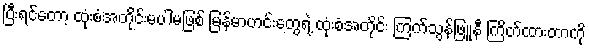
ပြီးရင်တော့ ထုံးစံအတိုင်းမပါမဖြစ် မြန်မာဟင်းတွေရဲ့ ထုံးစံအတိုင်း ကြက်သွန်ဖြူနီ ကြိတ်ထားတာကို